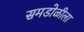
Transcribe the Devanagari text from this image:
समडोळीला